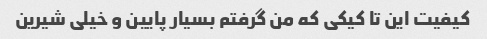
کیفیت این تا کیکی که من گرفتم بسیار پایین و خیلی شیرین